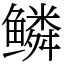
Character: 鳞